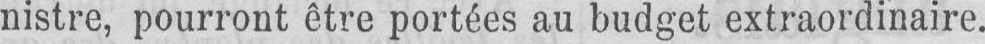
nistre, pourront être portées au budget extraordinaire.